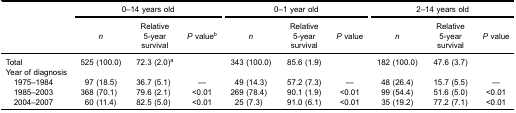
<table><thead><tr><td rowspan="3"><b> </b></td><td colspan="3"><b>0–14 years old</b></td><td colspan="3"><b>0–1 year old</b></td><td colspan="3"><b>2–14 years old</b></td></tr><tr><td><b><i>n</i></b></td><td><b>Relative5-yearsurvival</b></td><td><b><i>P</i> value<sup>b</sup></b></td><td><b><i>n</i></b></td><td><b>Relative5-yearsurvival</b></td><td><b><i>P</i> value</b></td><td><b><i>n</i></b></td><td><b>Relative5-yearsurvival</b></td><td><b><i>P</i> value</b></td></tr></thead><tbody><tr><td>Total</td><td>525 (100.0)</td><td>72.3 (2.0)<sup>a</sup></td><td> </td><td>343 (100.0)</td><td>85.6 (1.9)</td><td> </td><td>182 (100.0)</td><td>47.6 (3.7)</td><td> </td></tr><tr><td>Year of diagnosis</td><td> </td><td> </td><td> </td><td> </td><td> </td><td> </td><td> </td><td> </td><td> </td></tr><tr><td> 1975–1984</td><td>97 (18.5)</td><td>36.7 (5.1)</td><td>—</td><td>49 (14.3)</td><td>57.2 (7.3)</td><td>—</td><td>48 (26.4)</td><td>15.7 (5.5)</td><td>—</td></tr><tr><td> 1985–2003</td><td>368 (70.1)</td><td>79.6 (2.1)</td><td>&lt;0.01</td><td>269 (78.4)</td><td>90.1 (1.9)</td><td>&lt;0.01</td><td>99 (54.4)</td><td>51.6 (5.0)</td><td>&lt;0.01</td></tr><tr><td> 2004–2007</td><td>60 (11.4)</td><td>82.5 (5.0)</td><td>&lt;0.01</td><td>25 (7.3)</td><td>91.0 (6.1)</td><td>&lt;0.01</td><td>35 (19.2)</td><td>77.2 (7.1)</td><td>&lt;0.01</td></tr></tbody></table>